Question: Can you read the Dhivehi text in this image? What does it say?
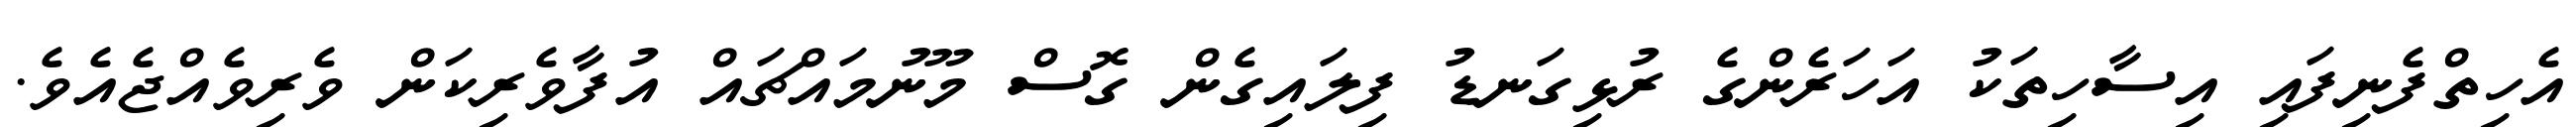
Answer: އެހިތްފެނިފައި އިސާހިތަކު އަހަރެންގެ ރުޅިގަނޑު ފިލައިގެން ގޮސް މޫނުމައްޗައް އުފާވެރިކަން ވެރިވެއްޖެއެވެ.